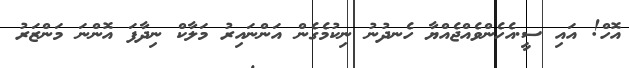
އޮހް! އައި ސީ.އެހެންވެއްޖެއްޔާ ހެނދުނު ނިކުމެގެން އަންނައިރު މަލާކް ނިދާފަ އޮންނަ މަންޒަރު